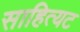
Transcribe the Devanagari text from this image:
साहित्यट